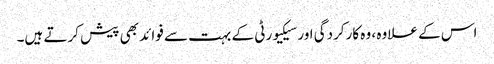
اس کے علاوہ ، وہ کارکردگی اور سیکیورٹی کے بہت سے فوائد بھی پیش کرتے ہیں۔